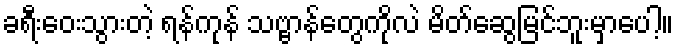
ခရီးဝေးသွားတဲ့ ရန်ကုန် သဗ္ဗာန်တွေကိုလဲ မိတ်ဆွေမြင်ဘူးမှာပေါ့။